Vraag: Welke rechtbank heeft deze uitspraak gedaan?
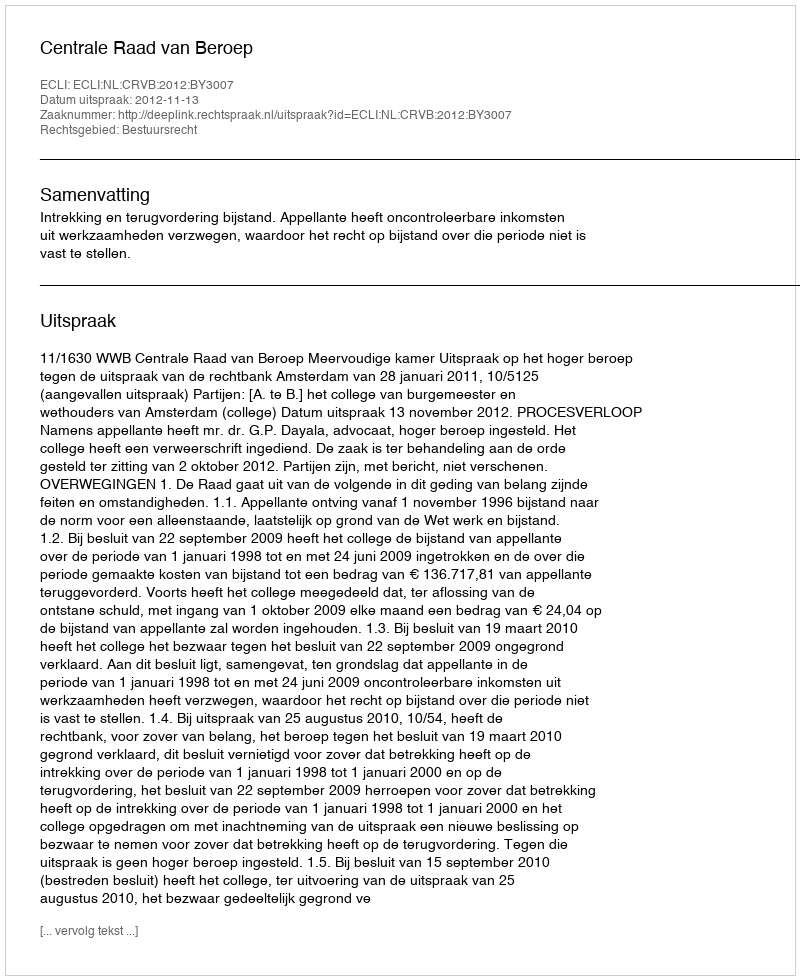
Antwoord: Centrale Raad van Beroep